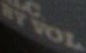
BY VOL